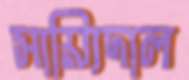
সায়্যিদাল